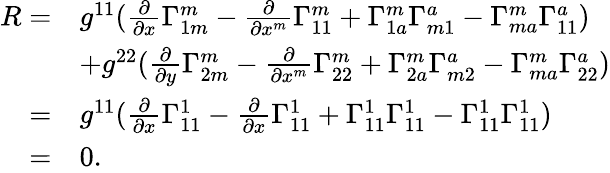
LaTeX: \begin{array}{rl}{R=}&{g^{11}(\frac{\partial}{\partial{x}}\Gamma_{1m}^{m}-\frac{\partial}{\partial{x^{m}}}\Gamma_{11}^{m}+\Gamma_{1a}^{m}\Gamma_{m1}^{a}-\Gamma_{ma}^{m}\Gamma_{11}^{a})}\\ &{+g^{22}(\frac{\partial}{\partial{y}}\Gamma_{2m}^{m}-\frac{\partial}{\partial{x^{m}}}\Gamma_{22}^{m}+\Gamma_{2a}^{m}\Gamma_{m2}^{a}-\Gamma_{ma}^{m}\Gamma_{22}^{a})}\\ {=}&{g^{11}(\frac{\partial}{\partial{x}}\Gamma_{11}^{1}-\frac{\partial}{\partial{x}}\Gamma_{11}^{1}+\Gamma_{11}^{1}\Gamma_{11}^{1}-\Gamma_{11}^{1}\Gamma_{11}^{1})}\\ {=}&{0.}\end{array}